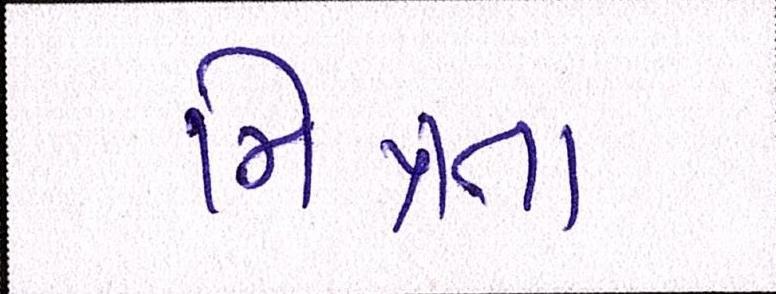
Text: મિત્રતા